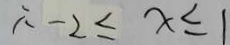
\therefore - 2 \leq x \leq 1